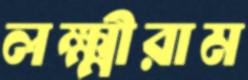
লক্ষ্মীরাম